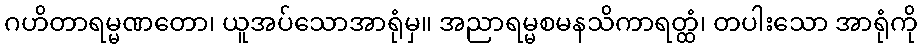
ဂဟိတာရမ္မဏတော၊ ယူအပ်သောအာရုံမှ။ အညာရမ္မစမနသိကာရတ္ထံ၊ တပါးသော အာရုံကို